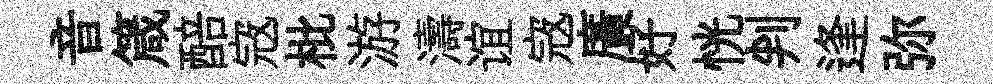
音箴醅𡨥枇游濤谊𡨥廣好恍判逢弥